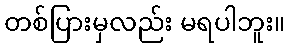
တစ်ပြားမှလည်း မရပါဘူး။